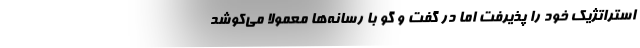
استراتژیک خود را پذیرفت اما در گفت و گو با رسانه‌ها معمولا می‌کوشد